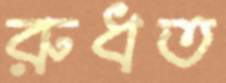
রুধত